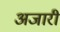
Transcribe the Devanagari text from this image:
अजारी